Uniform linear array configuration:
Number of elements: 8
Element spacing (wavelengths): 0.5
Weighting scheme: exponential
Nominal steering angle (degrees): -30
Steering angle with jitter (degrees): -29.628
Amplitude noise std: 0.05
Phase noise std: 0.05

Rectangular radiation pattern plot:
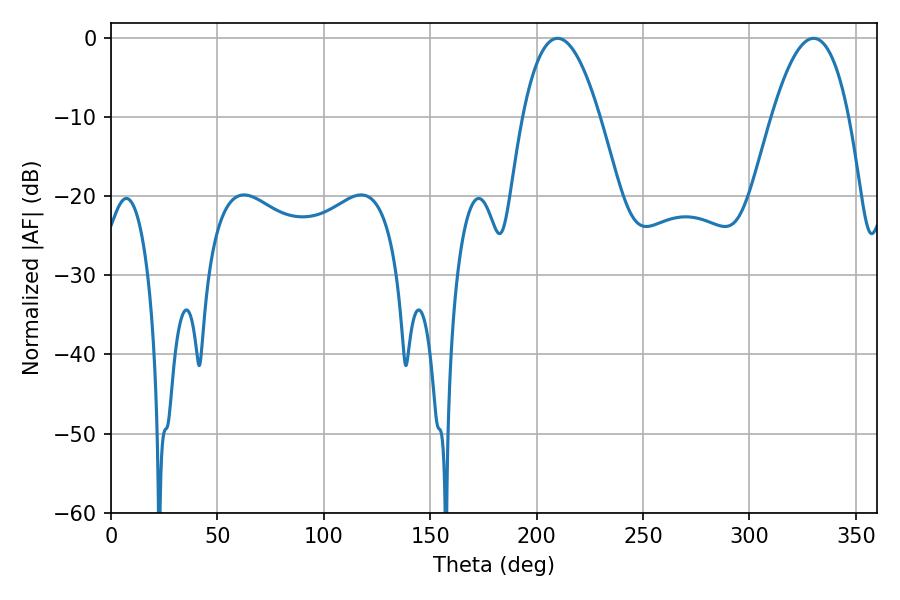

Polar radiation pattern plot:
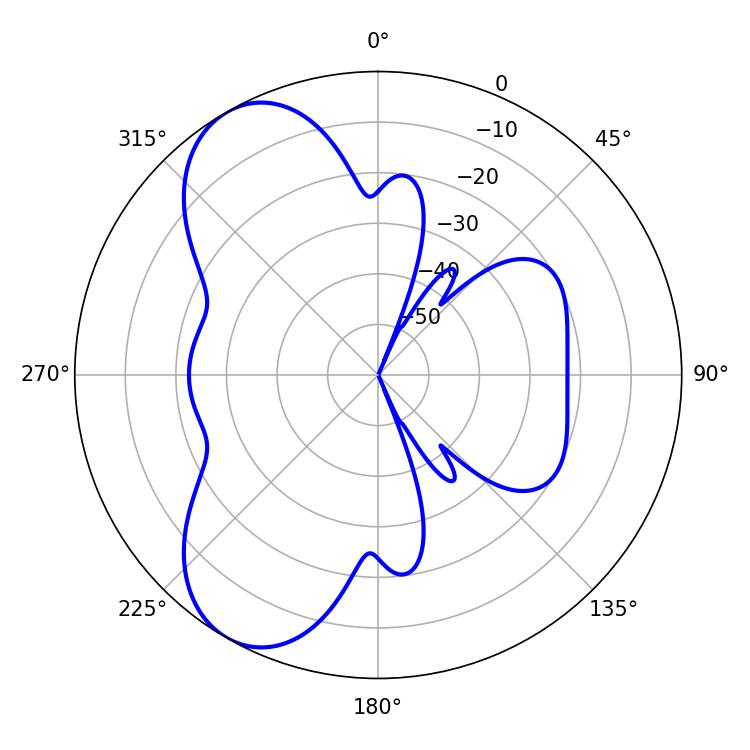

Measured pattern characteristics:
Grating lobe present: FALSE
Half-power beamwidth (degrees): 19.98
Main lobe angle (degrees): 209.88